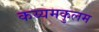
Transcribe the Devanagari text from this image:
कय्यमकुलम